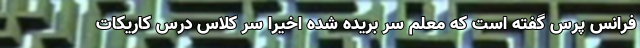
فرانس پرس گفته است که معلم سر بریده شده اخیرا سر کلاس درس کاریکات